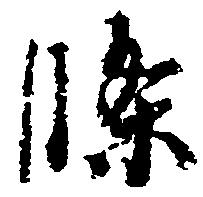
条